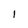
Character: 1